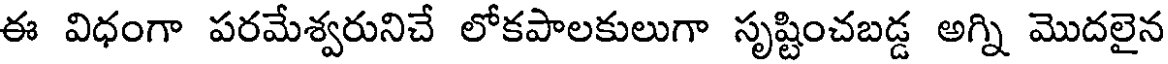
ఈ విధంగా పరమేశ్వరునిచే లోకపాలకులుగా సృష్టించబడ్డ అగ్ని మొదలైన